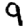
Digit: 9